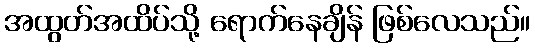
အထွတ်အထိပ်သို့ ရောက်နေချိန် ဖြစ်လေသည်။